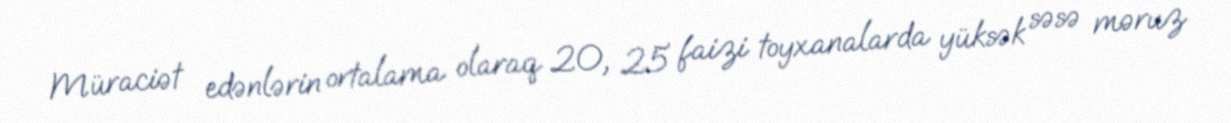
Müraciət edənlərin ortalama olaraq 20, 25 faizi toyxanalarda yüksək səsə məruz